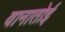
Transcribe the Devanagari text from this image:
वानातोई